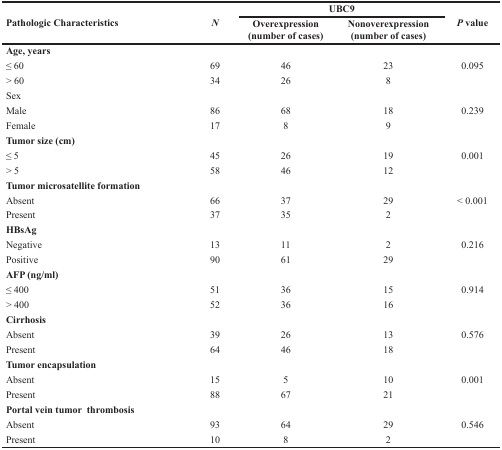
| <ROWSPAN=2> Pathologic Characteristics | <ROWSPAN=2> N | <COLSPAN=2> UBC9 | <ROWSPAN=2> P value |
 | Overexpression (number of cases) | Nonoverexpression (number of cases) |
 | --- | --- | --- | --- | --- |
 | Age, years |  |  |  |  |
 | ≤ 60 | 69 | 46 | 23 | 0.095 |
 | > 60 | 34 | 26 | 8 |  |
 | Sex |  |  |  |  |
 | Male | 86 | 68 | 18 | 0.239 |
 | Female | 17 | 8 | 9 |  |
 | Tumor size (cm) |  |  |  |  |
 | ≤ 5 | 45 | 26 | 19 | 0.001 |
 | > 5 | 58 | 46 | 12 |  |
 | Tumor microsatellite formation |  |  |  |  |
 | Absent | 66 | 37 | 29 | < 0.001 |
 | Present | 37 | 35 | 2 |  |
 | HBsAg |  |  |  |  |
 | Negative | 13 | 11 | 2 | 0.216 |
 | Positive | 90 | 61 | 29 |  |
 | AFP (ng/ml) |  |  |  |  |
 | ≤ 400 | 51 | 36 | 15 | 0.914 |
 | > 400 | 52 | 36 | 16 |  |
 | Cirrhosis |  |  |  |  |
 | Absent | 39 | 26 | 13 | 0.576 |
 | Present | 64 | 46 | 18 |  |
 | Tumor encapsulation |  |  |  |  |
 | Absent | 15 | 5 | 10 | 0.001 |
 | Present | 88 | 67 | 21 |  |
 | Portal vein tumor thrombosis |  |  |  |  |
 | Absent | 93 | 64 | 29 | 0.546 |
 | Present | 10 | 8 | 2 |  |